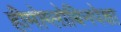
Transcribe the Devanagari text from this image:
हीमोग्लोबिनपेक्षा